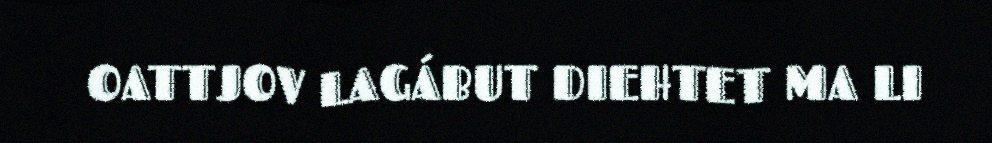
OATTJOV LAGÁBUT DIEHTET MA LI